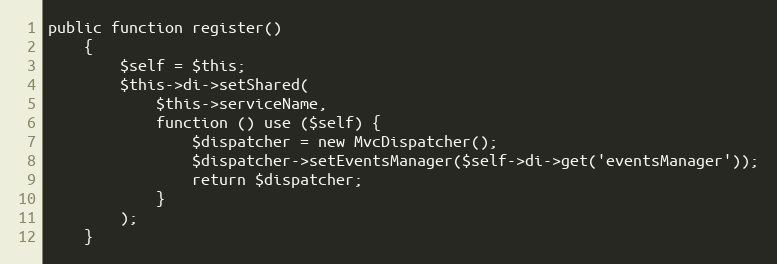
Language: PHP
public function register()
    {
        $self = $this;
        $this->di->setShared(
            $this->serviceName,
            function () use ($self) {
                $dispatcher = new MvcDispatcher();
                $dispatcher->setEventsManager($self->di->get('eventsManager'));
                return $dispatcher;
            }
        );
    }